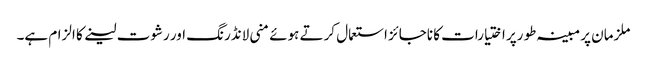
ملزمان پر مبینہ طو رپر اختیارات کا ناجائز استعمال کرتے ہوئے منی لانڈرنگ اور رشوت لینے کا الزام ہے۔